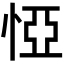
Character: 𢛟